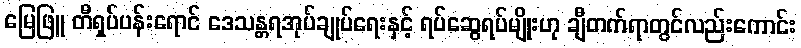
မြေဖြူ တီရှပ်ပန်းရောင် ဒေသန္တရအုပ်ချုပ်ရေးနှင့် ရပ်ဆွေရပ်မျိုးဟု ချီတက်ရာတွင်လည်းကောင်း